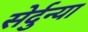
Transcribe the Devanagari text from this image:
सेर्दुन्या